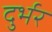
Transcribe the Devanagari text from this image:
दुर्भर